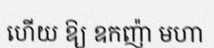
ហើយ ឱ្យ ឧកញ៉ា មហា